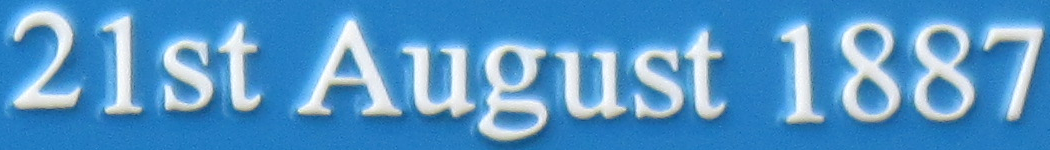
21st August 1887